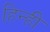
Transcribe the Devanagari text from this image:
हिन्ही